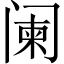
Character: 阑